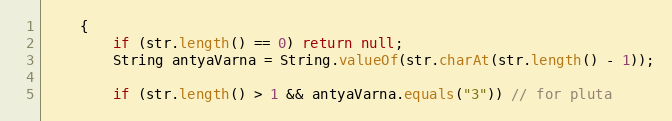
Language: Java
    {
        if (str.length() == 0) return null;
        String antyaVarna = String.valueOf(str.charAt(str.length() - 1));

        if (str.length() > 1 && antyaVarna.equals("3")) // for pluta